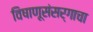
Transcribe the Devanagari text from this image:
विषाणूसंसर्गाचा